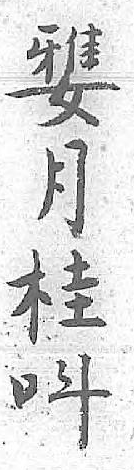
󶏙呌月 桂